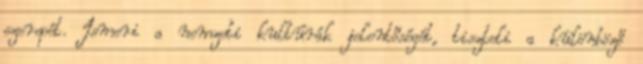
szerepét. Ismeri a nemzeti kultúrák jelentőségét, tiszteli a különböző